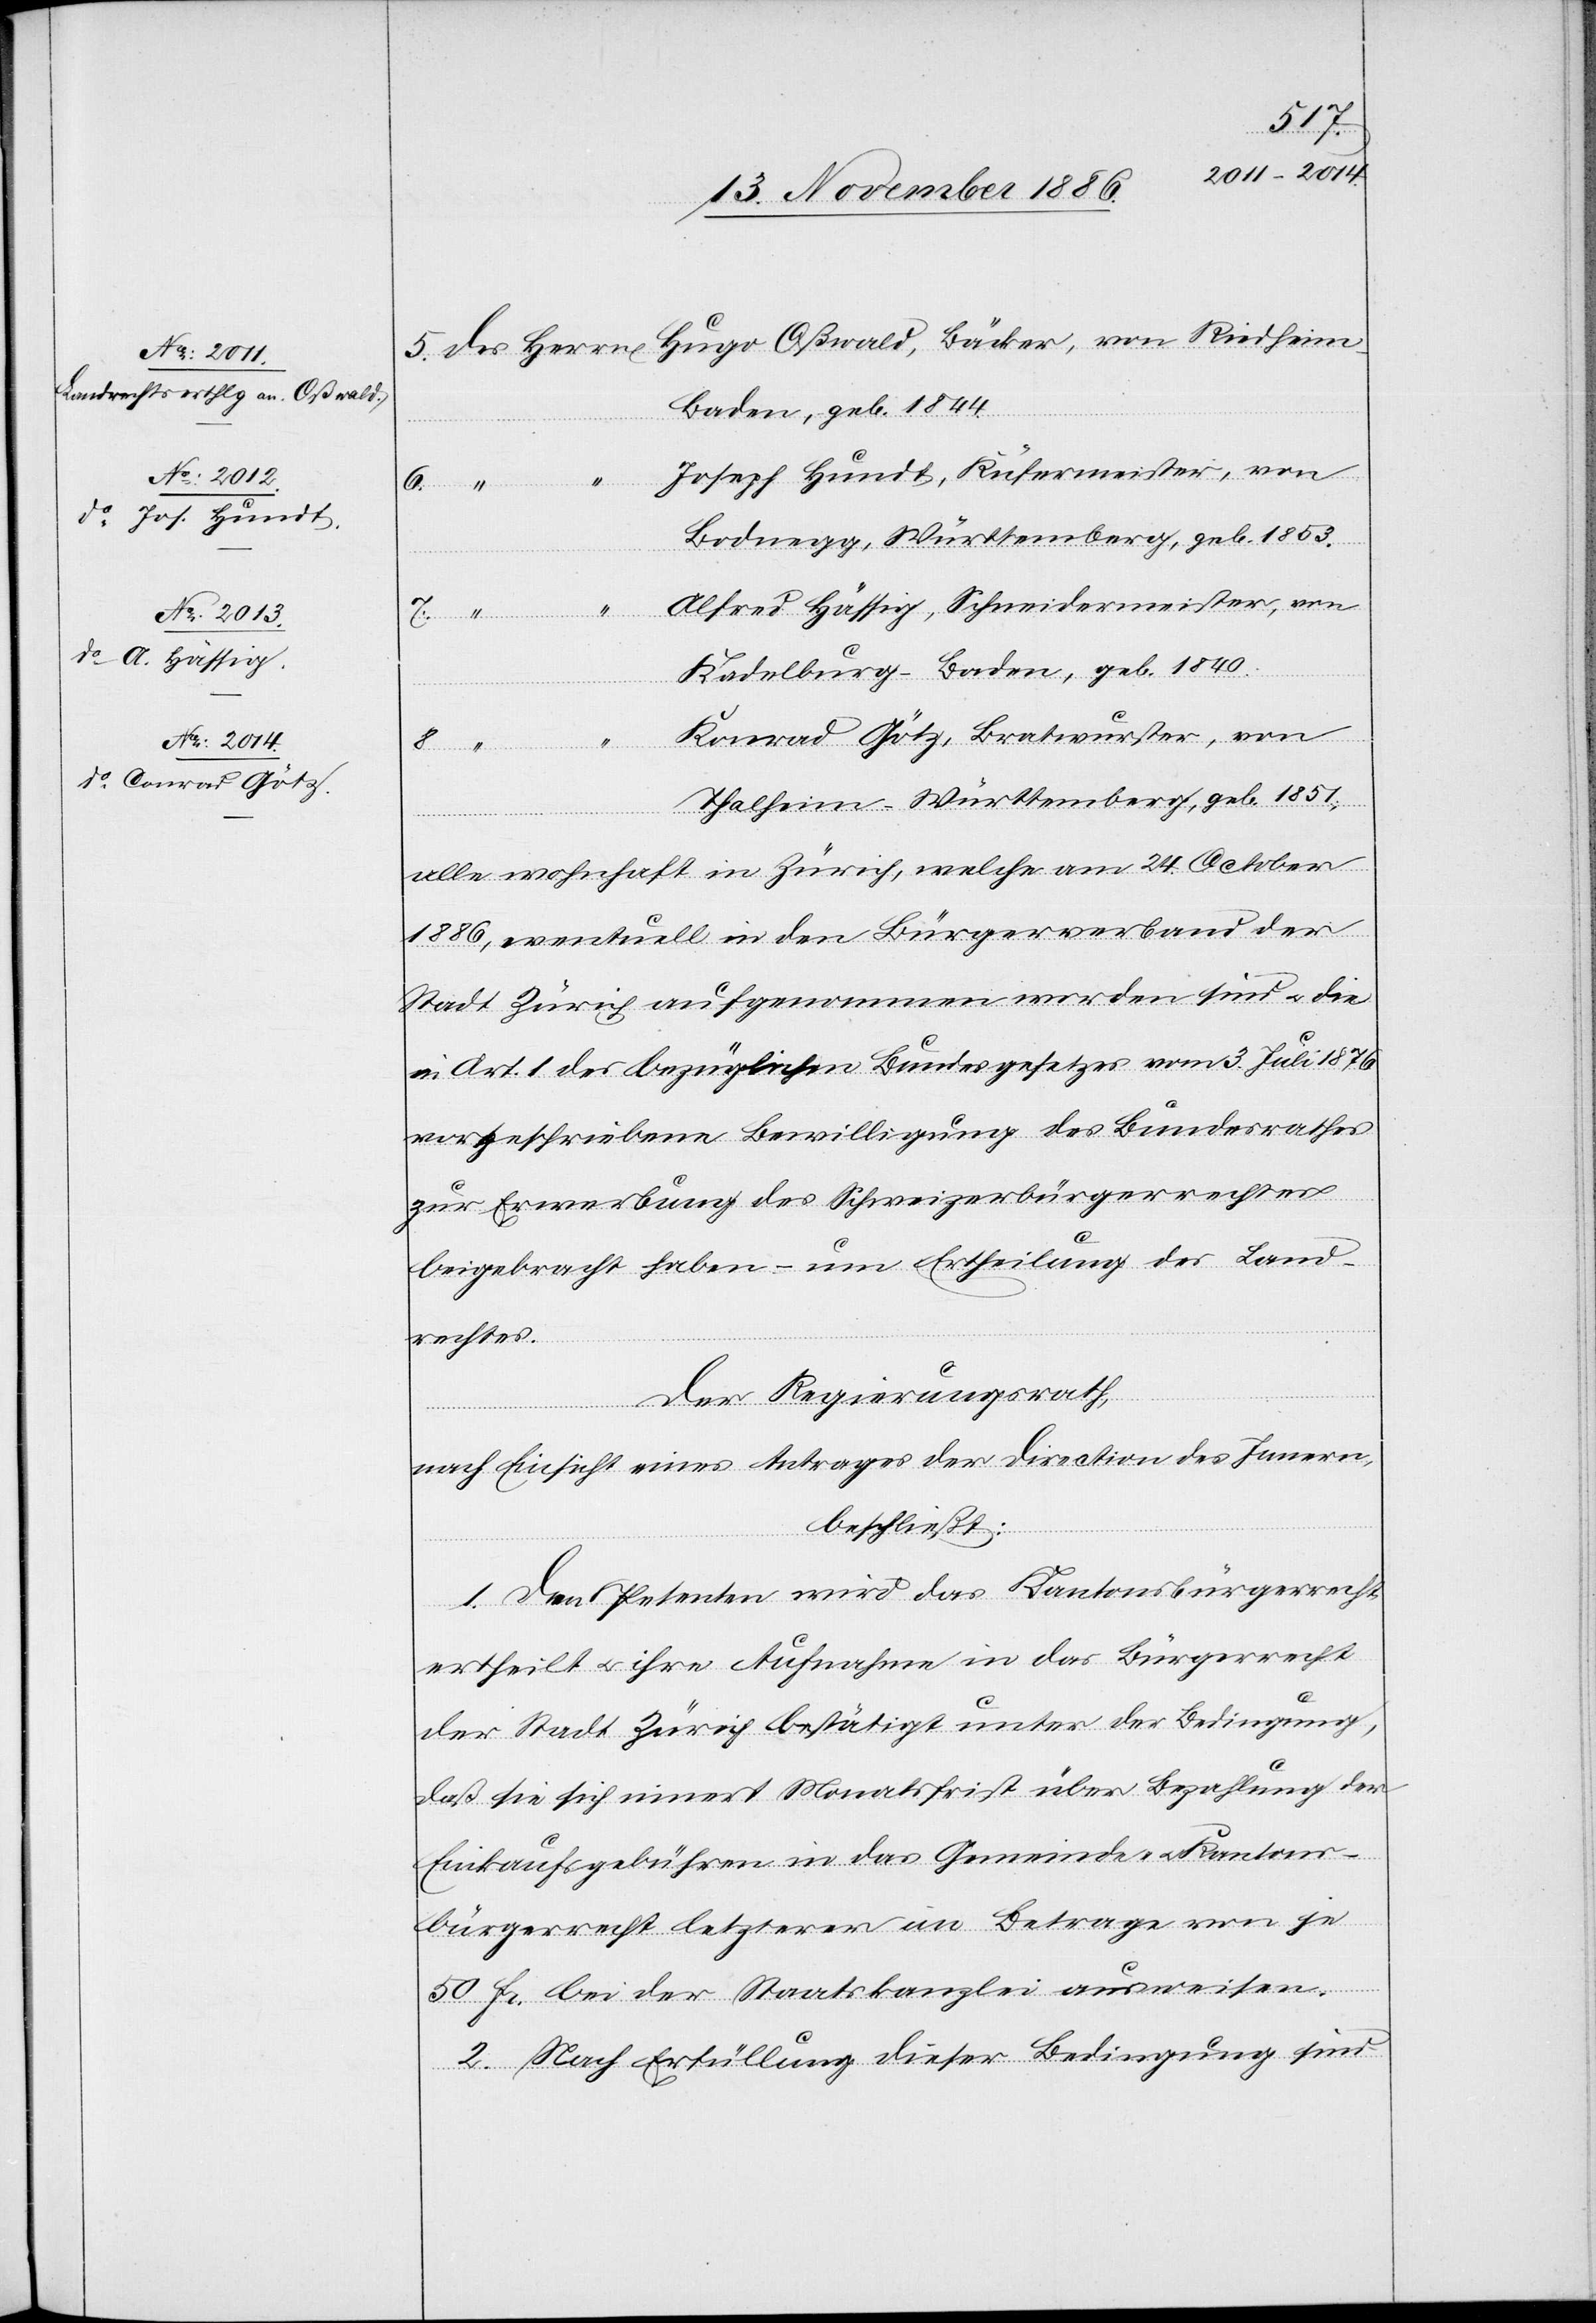
Hugo Oßwald, Bäcker, von Riedheim
8. [des Herrn]
Baden, geb. 1844.
Joseph Hundt, Küfermeister, von
Bodnegg, Württemberg, geb. 1853.
Alfred Hässig, Schneidermeister, von
RRB
Kadelburg - Baden, geb. 1840.
Konrad Götz, Bratwurster, von
Thalheim - Württemberg, geb. 1851;
alle wohnhaft in Zürich, welche am 24. October
1886, eventuell in den Bürgerverband der
Stadt Zürich aufgenommen worden sind & die
in Art. 1 des bezüglichen Bundesgesetzes vom 3. Juli 1876
vorgeschriebene Bewilligung des Bundesrathes
zur Erwerbung des Schweizerbürgerrechtes
beigebracht haben – um Ertheilung des Land¬
rechtes.
Der Regierungsrath,
nach Einsicht eines Antrages der Direction des Innern,
beschließt:
1. Den Petenten wird das Kantonsbürgerrecht
ertheilt & ihre Aufnahme in das Bürgerrecht
der Stadt Zürich bestätigt unter der Bedingung,
daß sie sich innert Monatsfrist über Bezahlung der
Einkaufsgebühren in das Gemeinde- & Kantons¬
bürgerrecht letzterer im Betrage von je
50 Fr. bei der Staatskanzlei ausweisen.
2. Nach Erfüllung dieser Bedingung sind